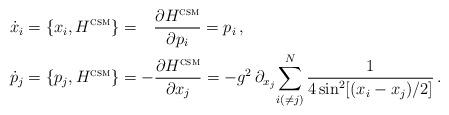
LaTeX: \begin{align*} \begin{aligned}\dot{x}_i & = \{x_i, H^\textsc{csm} \} = \hphantom{+}\frac{\partial H^\textsc{csm}}{\partial p_i} = p_i \, , \\\dot{p}_j & = \{p_j, H^\textsc{csm} \} = -\frac{\partial H^\textsc{csm}}{\partial x_j} = -g^2 \, \partial_{x_j} \! \sum_{i (\neq j)}^N \frac{1}{4 \sin^2[(x_i - x_j)/2]} \, .\end{aligned}\end{align*}